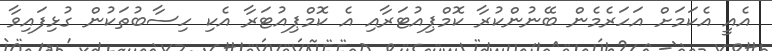
އެއީ އެކަމަށް އަހަރެމެން ބޭނުންކުރާ ކޮމްޕިއުޓަރާއި އެ ކޮމްޕިއުޓަރާ އެކި ހިސާބުތަކުން ގުޅިފައިވާ